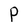
Character: P